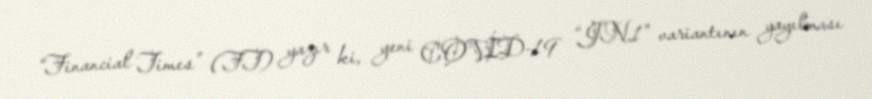
“Financial Times” (FT) yazır ki, yeni COVİD-19 “JN.1" variantının yayılması